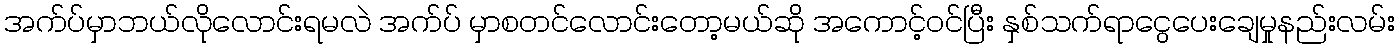
အက်ပ်မှာဘယ်လိုလောင်းရမလဲ အက်ပ် မှာစတင်လောင်းတော့မယ်ဆို အကောင့်ဝင်ပြီး နှစ်သက်ရာငွေပေးချေမှုနည်းလမ်း